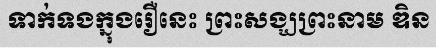
ទាក់ទងក្នុងរឿនេះ ព្រះសង្ឃព្រះនាម ឌិន